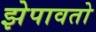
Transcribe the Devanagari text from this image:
झेपावतो